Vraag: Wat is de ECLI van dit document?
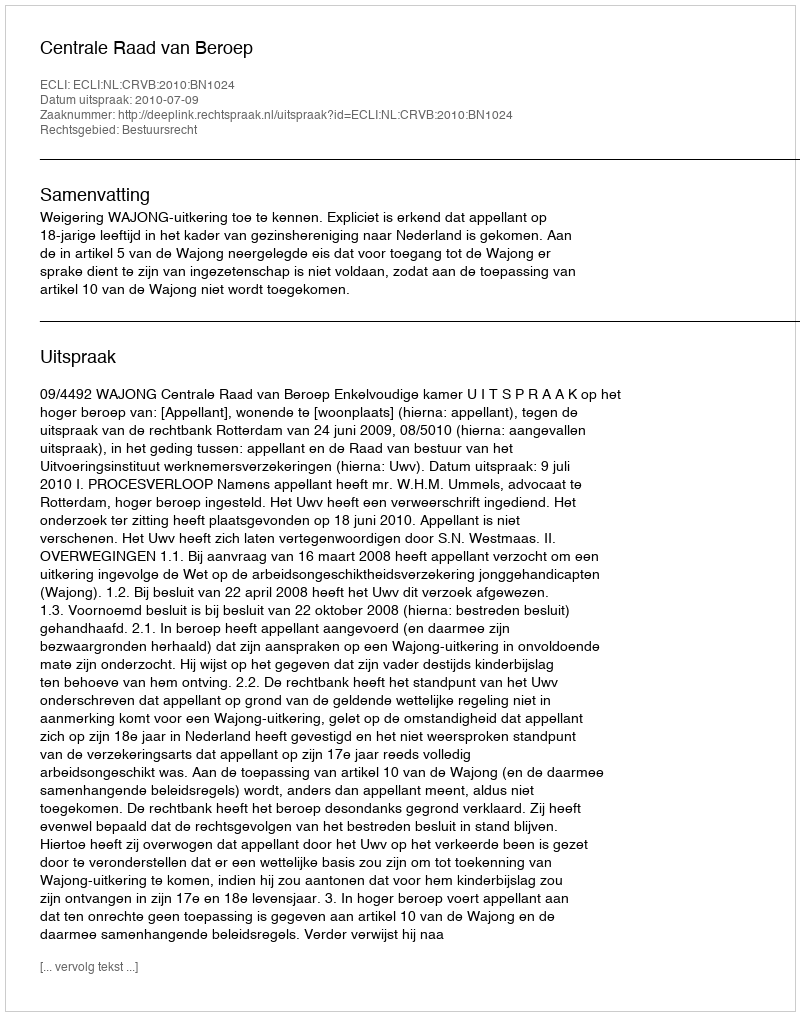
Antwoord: ECLI:NL:CRVB:2010:BN1024